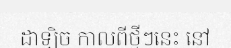
ដាឡិច កាលពីថ្មីៗនេះ នៅ